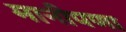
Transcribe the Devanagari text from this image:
मानीपणा